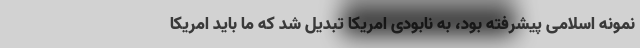
نمونه اسلامی پیشرفته بود، به نابودی امریکا تبدیل شد که ما باید امریکا